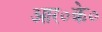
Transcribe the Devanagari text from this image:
आर०के०